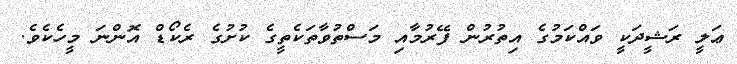
ޢަލީ ރަޝީދަކީ ވައްކަމުގެ އިތުރުން ފޭރުމާއި މަސްތުވާތަކެތީގެ ކުށުގެ ރެކޯޑް އޮންނަ މީހެކެވެ.